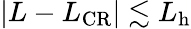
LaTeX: \vert L-L_{\mathrm{CR}}\vert\lesssim L_{\mathrm{h}}